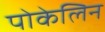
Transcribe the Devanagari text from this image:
पोकेलिन